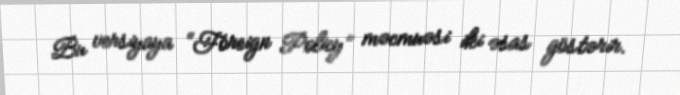
Bu versiyaya “Foreign Policy” məcmuəsi iki əsas göstərir.